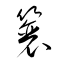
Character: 簑